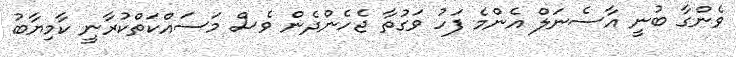
ވެންގާ ބުނީ އާސެނަލް އެންމެ ފަހު ވަގުތާ ޖެހެންދެން ވެސް މަސައްކަތްކުރާނީ ކާމިޔާބު